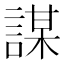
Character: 謀